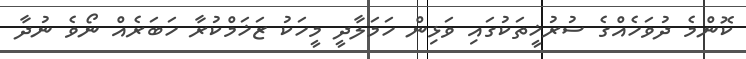
ކޮންމެ ދުވަހެއްގެ ސުރުޚީތަކުގައި ވަޅިން ހަމަލާދީ މީހަކު ޒަޚަމްކުރާ ހަބަރެއް ނޯވެ ނުދާ